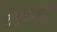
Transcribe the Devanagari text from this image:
शंभूराजांनी